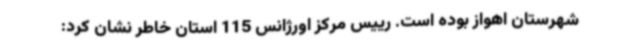
شهرستان اهواز بوده است. رییس مرکز اورژانس 115 استان خاطر نشان کرد: